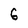
Character: 6